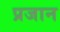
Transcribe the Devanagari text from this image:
प्रजान